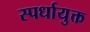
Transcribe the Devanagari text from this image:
स्पर्धायुक्त